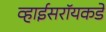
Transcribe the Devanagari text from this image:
व्हाईसरॉयकडे